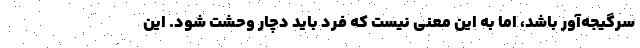
سرگیجه‌آور باشد، اما به این معنی نیست که فرد باید دچار وحشت شود. این